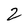
Character: 2